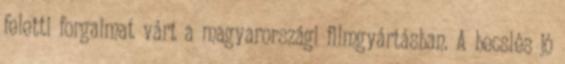
feletti forgalmat várt a magyarországi filmgyártásban. A becslés jó